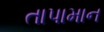
તાપામાન